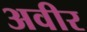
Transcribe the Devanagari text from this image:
अवीर